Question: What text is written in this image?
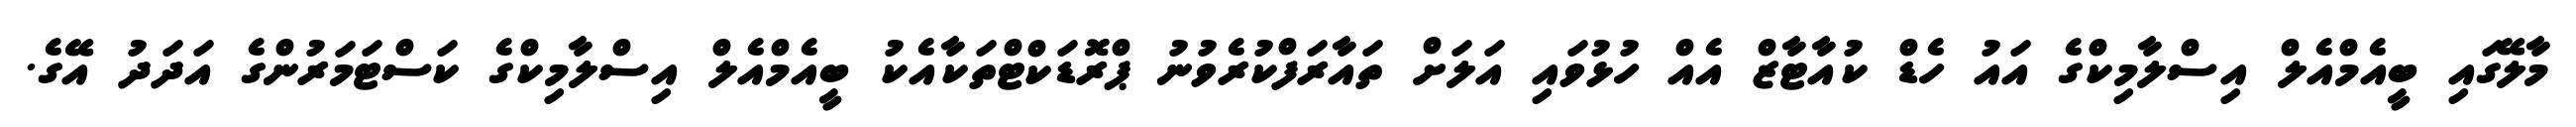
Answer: މާލޭގައި ބީއެމްއެލް އިސްލާމިކްގެ އައު ހެޑް ކުއާޓާޒް އެއް ހުޅުވައި އަލަށް ތައާރަފްކުރެވުނު ޕްރޮޑަކްޓްތަކާއެކު ބީއެމްއެލް އިސްލާމިކްގެ ކަސްޓަމަރުންގެ އަދަދު އޭގެ.